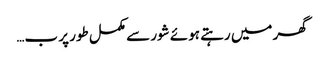
گھر میں رہتے ہوئے شور سے مکمل طور پر ب…